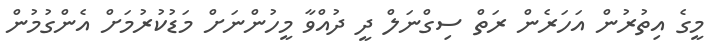
މީގެ އިތުރުން އަަހަރެން ރަތް ސިގްނަލް ދީ ދުއްވާ މީހުންނަށް މަޑުކުރުމަށް އެންގުމުން